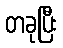
တခုပြီး